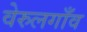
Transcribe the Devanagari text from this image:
वेरुलगाँव